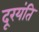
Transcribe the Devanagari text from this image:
दूरयंति